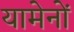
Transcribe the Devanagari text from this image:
यामेनों